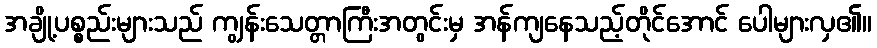
အချို့ပစ္စည်းများသည် ကျွန်းသေတ္တာကြီးအတွင်းမှ အန်ကျနေသည့်တိုင်အောင် ပေါများလှ၏။